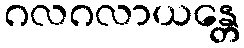
ဂလဂလာယန္တေ